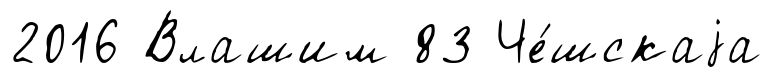
2016 Влашим 83 Че́шскаjа